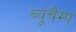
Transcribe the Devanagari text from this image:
ब्यूचैम्प